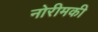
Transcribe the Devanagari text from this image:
नोरीमकी